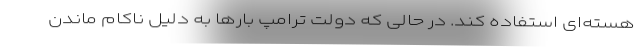
هسته‌ای استفاده کند. در حالی که دولت ترامپ بارها به دلیل ناکام ماندن